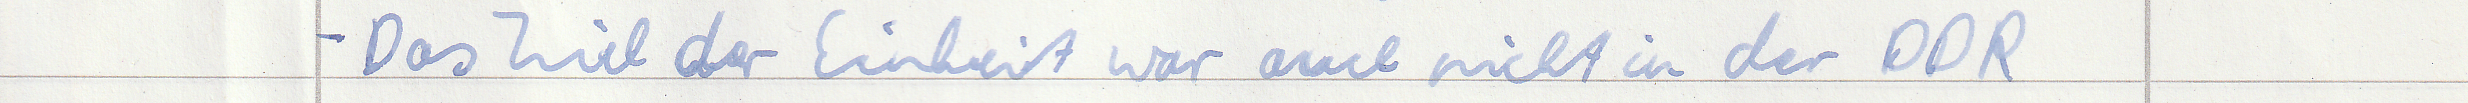
- Das Ziel der Einheit war auch nicht in der DDR